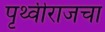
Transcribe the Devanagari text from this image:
पृथ्वीराजचा